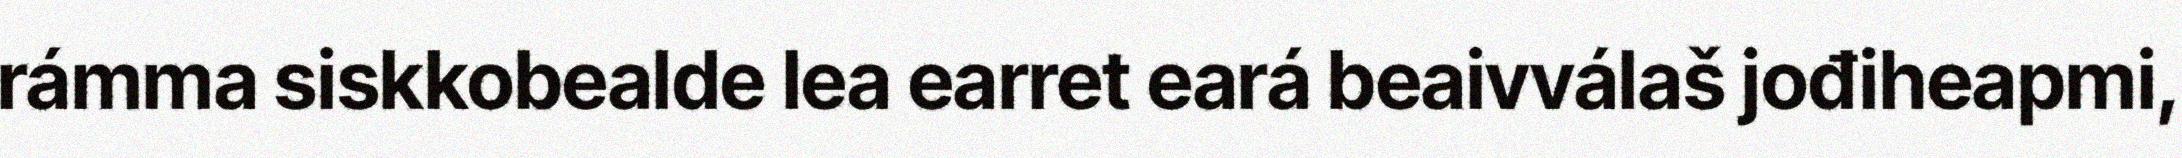
rámma siskkobealde lea earret eará beaivválaš jođiheapmi,